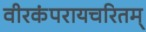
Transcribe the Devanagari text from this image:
वीरकंपरायचरितम्